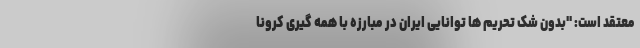
معتقد است: "بدون شک تحریم ها توانایی ایران در مبارزه با همه گیری کرونا